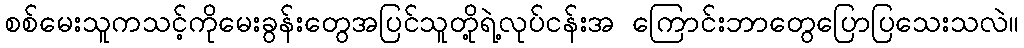
စစ်မေးသူကသင့်ကိုမေးခွန်းတွေအပြင်သူတို့ရဲ့လုပ်ငန်းအ ကြောင်းဘာတွေပြောပြသေးသလဲ။